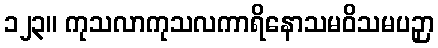
၁၂၃။ ကုသလာကုသလကာရိနောသမဝိသမပဉှာ